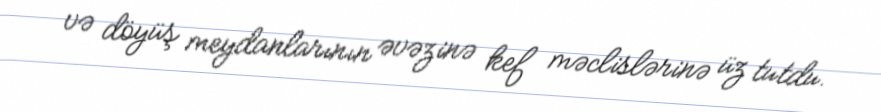
və döyüş meydanlarının əvəzinə kef məclislərinə üz tutdu.